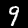
Label: 9